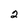
Character: 2